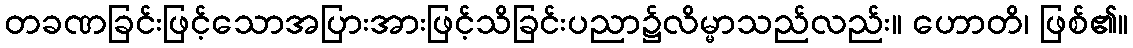
တခဏခြင်းဖြင့်သောအပြားအားဖြင့်သိခြင်းပညာ၌လိမ္မာသည်လည်း။ ဟောတိ၊ ဖြစ်၏။